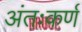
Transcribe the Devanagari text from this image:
अंतःकर्ण